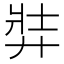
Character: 弉